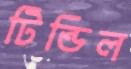
টিন্ডিল